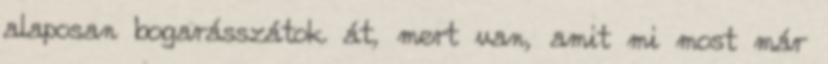
alaposan bogarásszátok át, mert van, amit mi most már